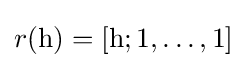
r(\mathrm {h} )=[\mathrm {h} ;1,\dots ,1]